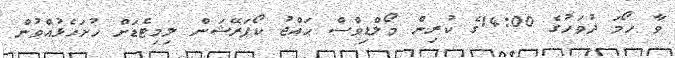
ވާ ހޯމަ ދުވަހުގެ 14:00ގެ ކުރިން މޯލްޑިވްސް ޙައްޖު ކޯޕަރޭޝަން ލިމިޓެޑަށް ހުށަހެޅުއްވުން